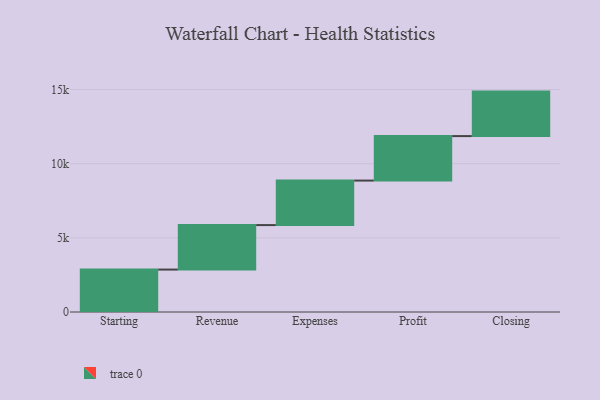
{"axis": {"x": "Step", "y": "Value"}, "legend": [""], "data": [{"x": "Starting", "y": 2861.0, "type": ""}, {"x": "Revenue", "y": 3000, "type": ""}, {"x": "Expenses", "y": 3000, "type": ""}, {"x": "Profit", "y": 3000, "type": ""}, {"x": "Closing", "y": 3000, "type": ""}]}